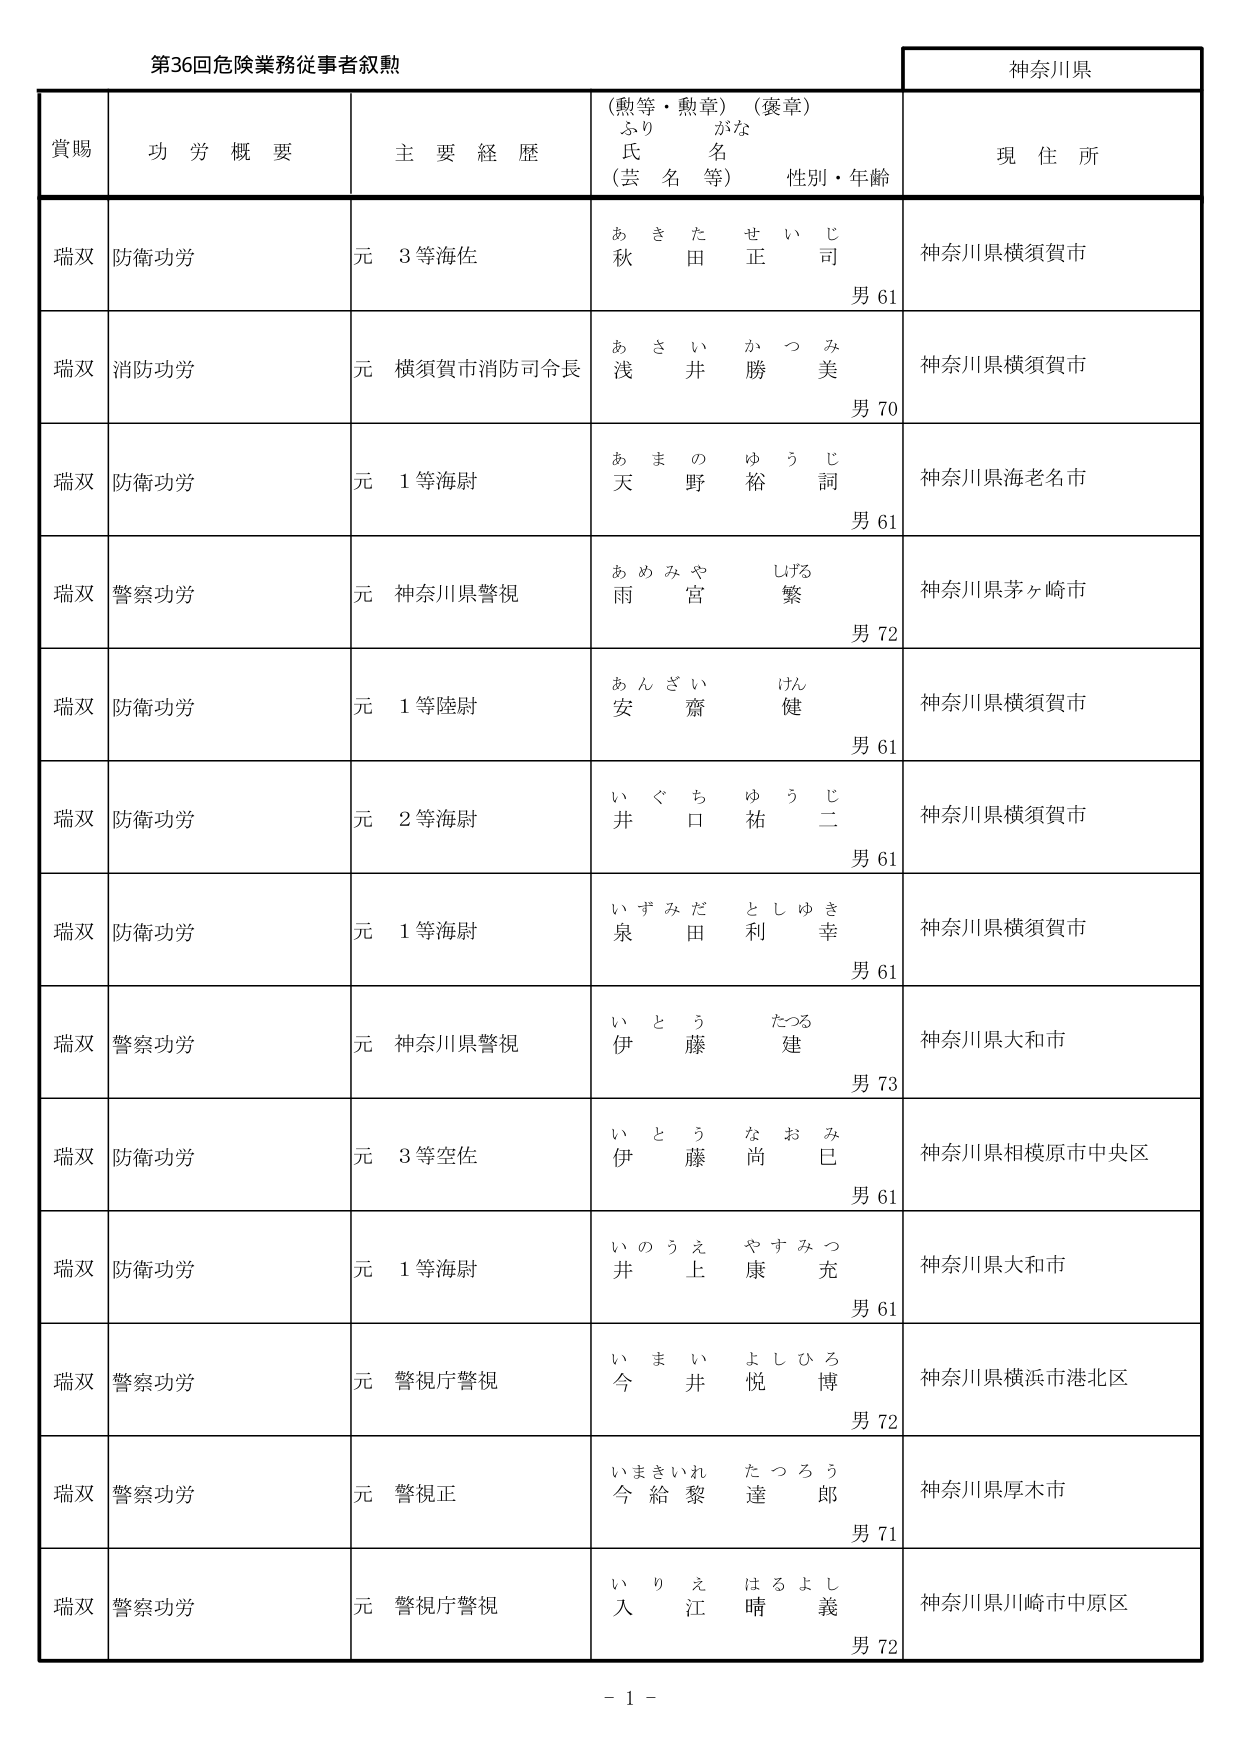
第36回危険業務従事者叙勲

神奈川県

賞賜　　功労概要　　主要経歴　　（勲等・勲章）（褒章）　　現住所
　　　　　　　　　　　ふりがな